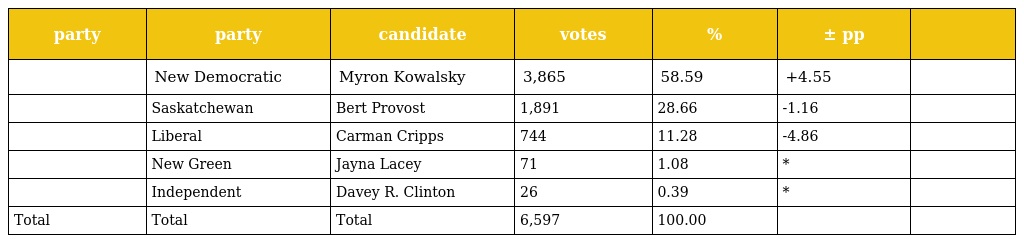
| party | party | candidate | votes | % | ± pp |  |
 | --- | --- | --- | --- | --- | --- | --- |
 |  | New Democratic | Myron Kowalsky | 3,865 | 58.59 | +4.55 |  |
 |  | Saskatchewan | Bert Provost | 1,891 | 28.66 | -1.16 |  |
 |  | Liberal | Carman Cripps | 744 | 11.28 | -4.86 |  |
 |  | New Green | Jayna Lacey | 71 | 1.08 | * |  |
 |  | Independent | Davey R. Clinton | 26 | 0.39 | * |  |
 | Total | Total | Total | 6,597 | 100.00 |  |  |